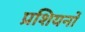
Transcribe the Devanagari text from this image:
प्रशियनों